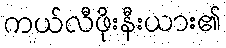
ကယ်လီဖိုးနီးယား၏